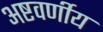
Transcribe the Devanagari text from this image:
अष्टवर्णीय